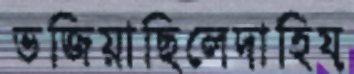
ভজিয়াছিলেদাহিয়